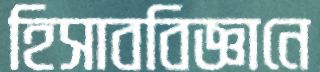
হিসাববিজ্ঞানে